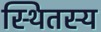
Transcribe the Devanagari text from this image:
स्थितस्य